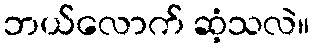
ဘယ်လောက် ဆံ့သလဲ။